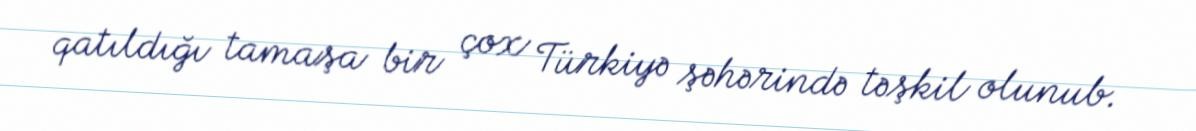
qatıldığı tamaşa bir çox Türkiyə şəhərində təşkil olunub.